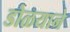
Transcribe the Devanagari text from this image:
डोळयाने